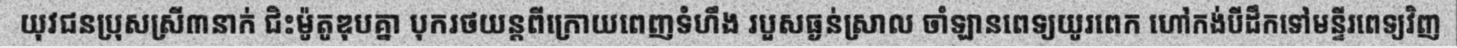
យុវជនប្រុសស្រី៣នាក់ ជិះម៉ូតូឌុបគ្នា បុករថយន្តពីក្រោយពេញទំហឹង របួសធ្ងន់ស្រាល ចាំឡានពេទ្យយូរពេក ហៅកង់បីដឹកទៅមន្ទីរពេទ្យវិញ